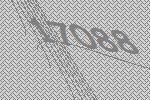
17088